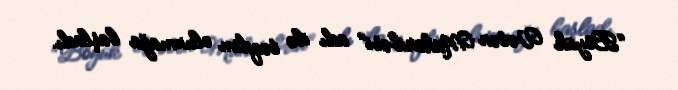
“Böyük Vətən Müharibəsi” adı ilə təqdim olunmağa başladı.